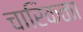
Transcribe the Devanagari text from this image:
चारिकळा